King Institute of Preventive Medicine Micro-Biological Section reports 1909-11
Year: 1909
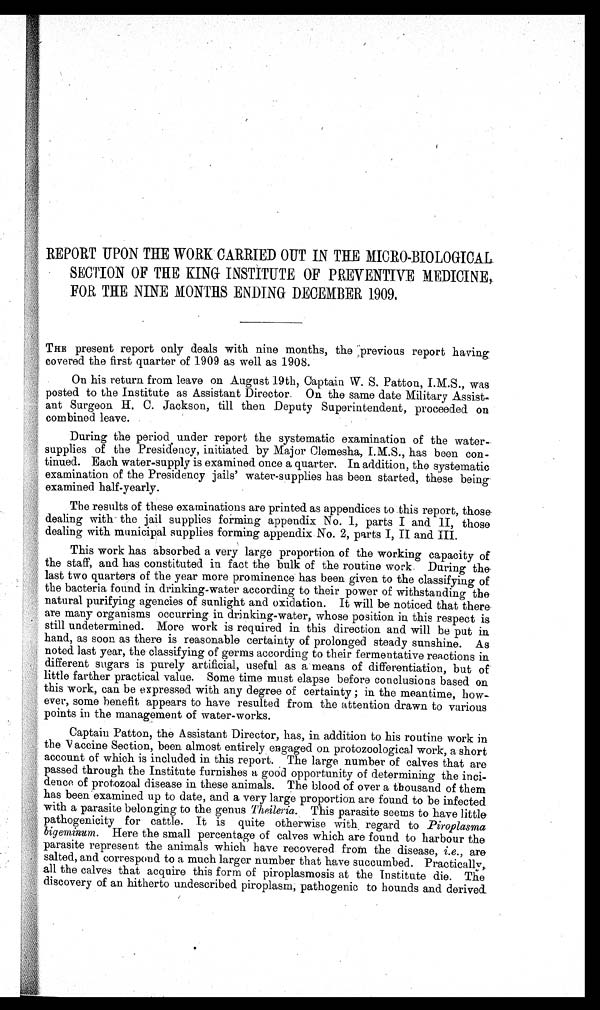
REPORT UPON THE WORK CARRIED OUT IN THE MICRO-BIOLOGICAL
SECTION OF THE KING INSTITUTE OF PREVENTIVE MEDICINE,
FOR THE NINE MONTHS ENDING DECEMBER 1909.
THE present report only deals with nine months, the previous report having
covered the first quarter of 1909 as well as 1908.
On his return from leave on August 19th, Captain W. S. Patton, I.M.S., was
posted to the Institute as Assistant Director. On the same date Military Assist-
ant Surgeon H. C. Jackson, till then Deputy Superintendent, proceeded on
combined leave.
During the period under report the systematic examination of the water
-supplies of the Presidency, initiated by Major Clemesha, I.M.S., has been con-
tinued. Each water-supply is examined once a quarter. In addition, the systematic
examination of the Presidency jails' water-supplies has been started, these being
examined half-yearly.
The results of these examinations are printed as appendices to this report, those
dealing with the jail supplies forming appendix No. 1, parts I and II, those
dealing with municipal supplies forming appendix. No. 2, parts I, II and III.
This work has absorbed a very large proportion of the working capacity of
the staff, and has constituted in fact the bulk of the routine work. During the
last two quarters of the year more prominence has been given to the classifying of
the bacteria found in drinking-water according to their power of withstanding the
natural purifying agencies of sunlight and oxidation. It will be noticed that there
are many organisms occurring in drinking-water, whose position in this respect is
still undetermined. More work is required in this direction and will he put in
hand, as soon as there is reasonable certainty of prolonged steady sunshine. As
noted last year, the classifying of germs according to their fermentative reactions in
different sugars is purely artificial, useful as a means of differentiation, but of
little farther practical Value. Some time must elapse before conclusions based on
this work, can be expressed with any degree of certainty ; in the meantime, how-
ever, some benefit appears to have resulted from the attention drawn to various
points in the management of water-works.
Captain Patton, the Assistant Director, has, in addition to his routine work in
the Vaccine Section, been almost entirely engaged on. protozoological work, a short
account of which is included in this report. The large number of calves that are
passed through the Institute furnishes a good opportunity of determining the inci-
dence of protozoal disease in these animals. The blood of over a thousand of them
has been examined up to date, and a Very large proportion are found to be infected
with a parasite belonging to the genus Theileria . This parasite seems to have little
pathogenicity for cattle. It is quite otherwise with regard to Piroplasma
bigeminum . Here the small percentage of calves which are found to harbour the
parasite represent the animals which have recovered from the disease, i.e ., are,
salted, and correspond to a much larger number that have succumbed. Practically,
all the calves that acquire this form of piroplasmosis at the Institute die. The
discovery of an hitherto undescribed piroplasm, pathogenic to hounds and derived.